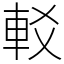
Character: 䡈